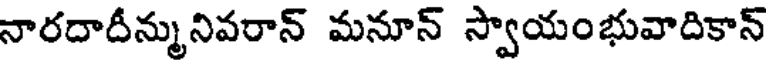
నారదాదీన్మునివరాన్ మనూన్ స్వాయంభువాదికాన్